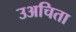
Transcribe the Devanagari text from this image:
उअचिता